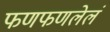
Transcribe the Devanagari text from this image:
फणफणलेलं